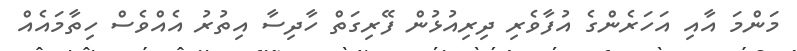
މަންމަ އާއި އަހަރެންގެ އުފާވެރި ދިރިއުޅުން ފޭރިގަތް ހާދިސާ އިތުރު އެއްވެސް ހިތާމައެއް